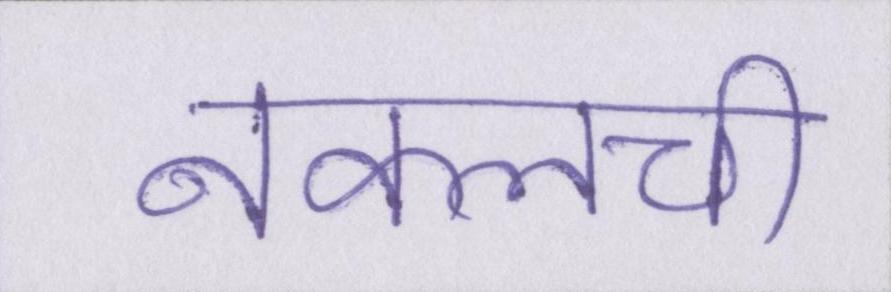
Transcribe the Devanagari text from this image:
नकलची